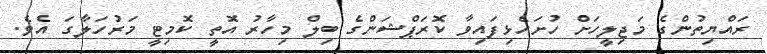
ރައްޔިތުންގެ މަޖިލީހަށް ހުށަހެޅިފައިވާ ކޮރަޕްޝަންގެ ބިލް މިހާރު އޮތީ ކޮމިޓީ މަރުހަލާގަ އެވެ.